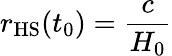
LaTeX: r_{\mathrm{HS}}(t_{0})={\frac{c}{H_{0}}}